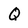
Character: Q